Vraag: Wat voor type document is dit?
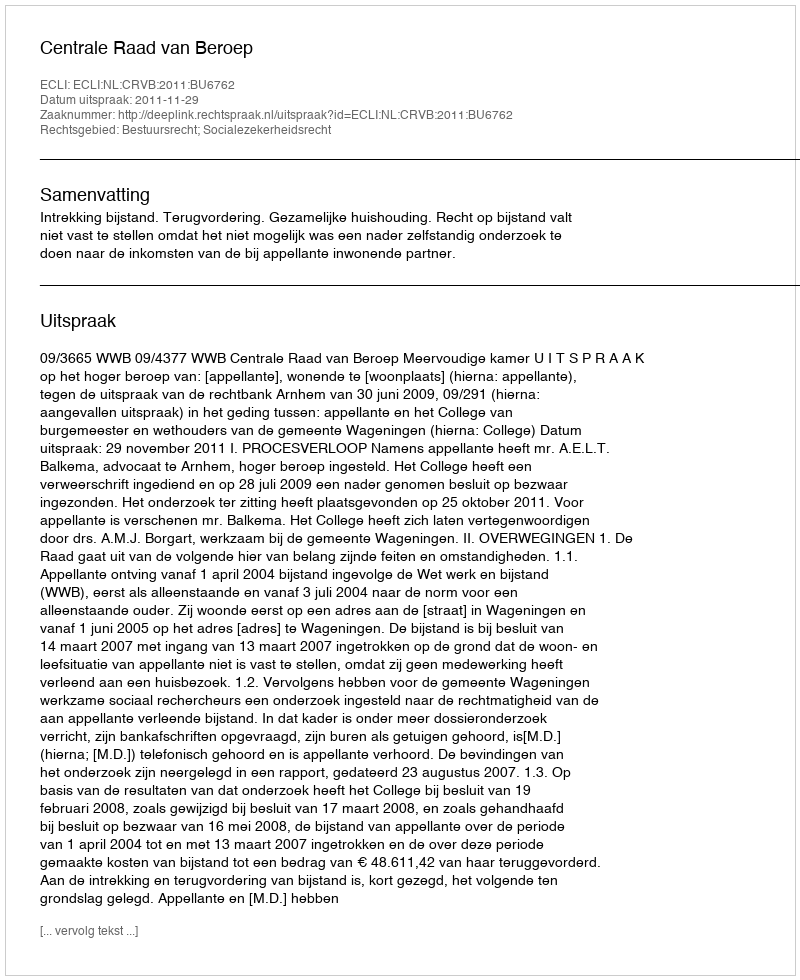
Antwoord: Uitspraak